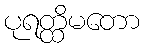
ပုရတ္ထိမတော